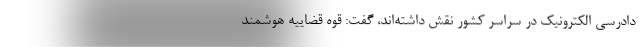
دادرسی الکترونیک در سراسر کشور نقش داشته‌اند، گفت: قوه قضاییه هوشمند